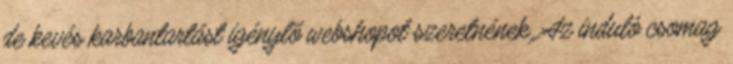
de kevés karbantartást igénylõ webshopot szeretnének. Az induló csomag